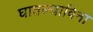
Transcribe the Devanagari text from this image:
घातल्याविना